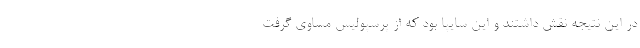
در این نتیجه نقش داشتند و این سایپا بود که از پرسپولیس مساوی گرفت